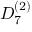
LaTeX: { D } _ { 7 } ^ { ( 2 ) }